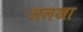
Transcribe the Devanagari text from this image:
अलखा